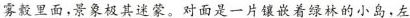
雾縠里面，景象极其迷蒙。对面是一片镶嵌着绿林的小岛，左